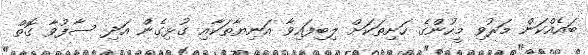
ބައެއްކަން މަރުވި މީހުންގެ ހަށިތަކަށް ލިބިފައިވާ އަނިޔާތަކާއި ގުޅިގެން އަދި ސާފުވާ ގޮތް